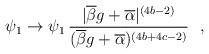
LaTeX: \begin{align*}\psi_1 \rightarrow \psi_1 \, \frac{|\overline{\beta}g +\overline{\alpha}|^{(4b-2)}}{(\overline{\beta}g + \overline{\alpha})^{(4b+4c-2)}}~~,\end{align*}